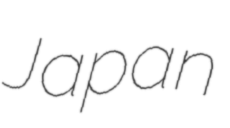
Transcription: Japan